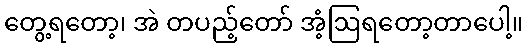
တွေ့ရတော့၊ အဲ တပည့်တော် အံ့ဩရတော့တာပေါ့။